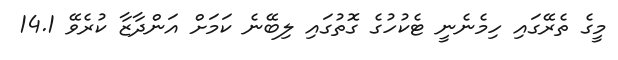
މީގެ ތެރޭގައި ހިމެނެނީ ޓެކުހުގެ ގޮތުގައި ލިބޭނެ ކަމަށް އަންދާޒާ ކުރެވޭ 14.1